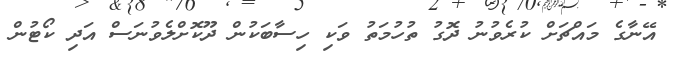
އޭނާގެ މައްޗަށް ކުރެވުނު ދޮގު ތުހުމަތު ވަކި ހިސާބަކުން ދޫކޮށްލެވުނަސް އަދި ކޯޓުން